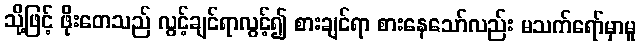
သို့ဖြင့် ဖိုးတေသည် လွင့်ချင်ရာလွင့်၍ စားချင်ရာ စားနေသော်လည်း မသက်ရော်မှာမူ